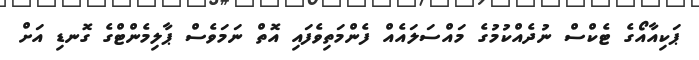
ޕަކިއާއޯގެ ޓެކްސް ނުދެއްކުމުގެ މައްސަލައެއް ފެންމަތިވެފައި އޮތް ނަމަވެސް ޕާލިމެންޓްގެ ގޮނޑި އަށް